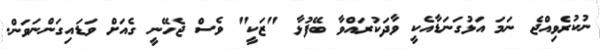
ނުކުރެވިއްޖެ ނަމަ އަޅުގަނަޑާއެކީ ވާދަކުރައްވާ ބޭފުޅާ "ޒަކީ" ވެސް ޖެހޭނީ ގެއަށް ވަޑައިގަންނަވަން.